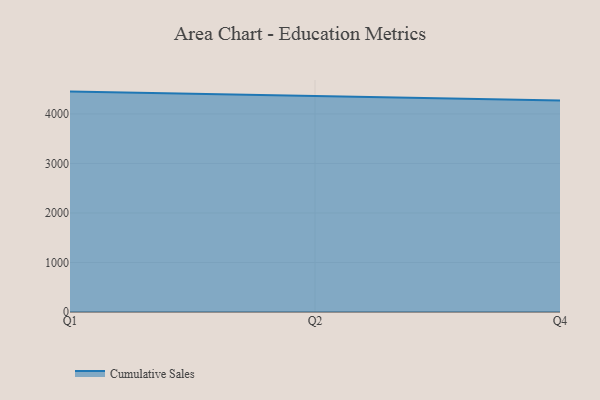
{"axis": {"x": "Quarter", "y": "Customer Acquisition Cost (USD)"}, "legend": ["Cumulative Sales"], "data": [{"x": "Q1", "y": 4450.9, "type": "Cumulative Sales"}, {"x": "Q2", "y": 4354.9, "type": "Cumulative Sales"}, {"x": "Q4", "y": 4269.9, "type": "Cumulative Sales"}]}